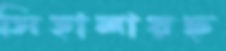
সিহালায়ছ